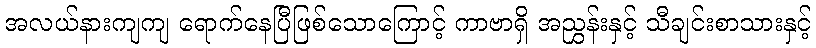
အလယ်နားကျကျ ရောက်နေပြီဖြစ်သောကြောင့် ကာဗာရှိ အညွှန်းနှင့် သီချင်းစာသားနှင့်